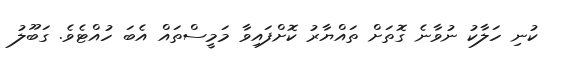
ކުނި ހަލާކު ނުވާނެ ގޮތަށް ތައްޔާރު ކޮށްފައިވާ މަމީސްތައް އެބަ ހުއްޓެވެ. ގަބޫލު